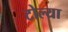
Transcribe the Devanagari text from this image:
टोल्या